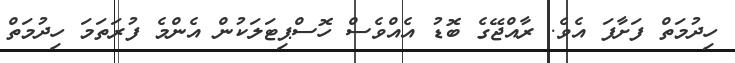
ހިދުމަތް ފަށާފަ އެވެ. ރާއްޖޭގެ ބޮޑު އެއްވެސް ހޮސްޕިޓަލަކުން އެންމެ ފުރަތަމަ ހިދުމަތް